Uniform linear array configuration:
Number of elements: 12
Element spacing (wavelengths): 0.75
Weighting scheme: cosine
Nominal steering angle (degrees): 15
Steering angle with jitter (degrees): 14.859
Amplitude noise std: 0.05
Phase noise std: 0.05

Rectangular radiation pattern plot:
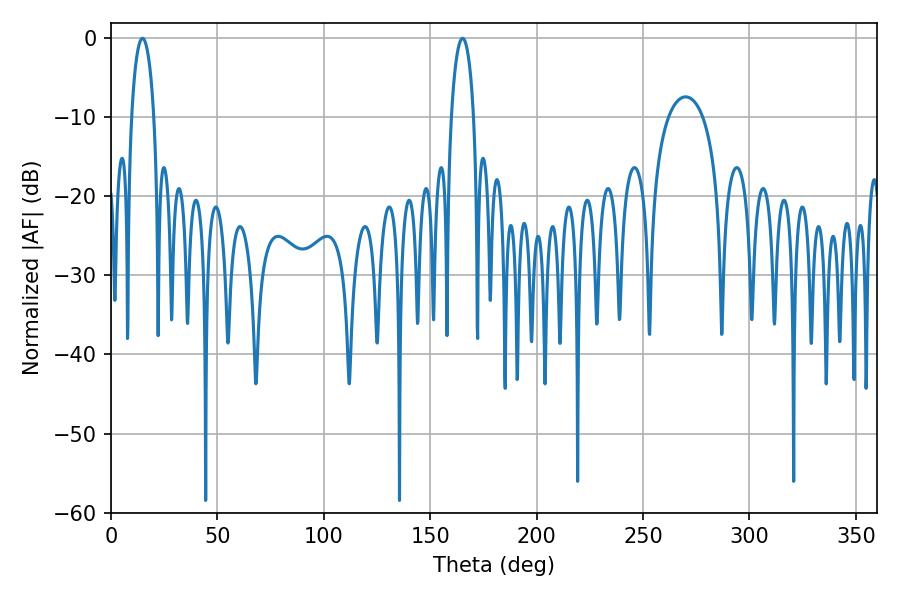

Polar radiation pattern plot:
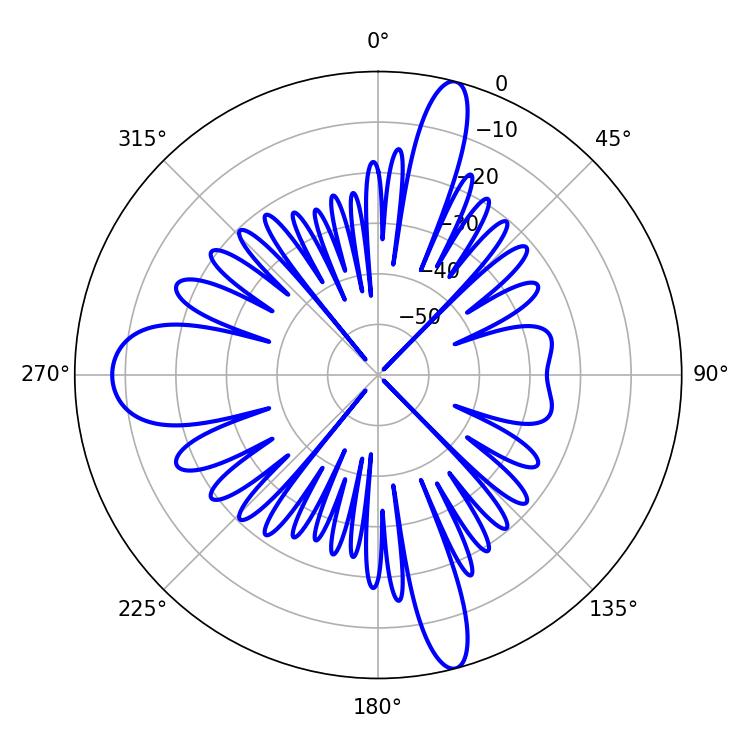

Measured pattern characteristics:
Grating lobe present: TRUE
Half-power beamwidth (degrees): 5.94
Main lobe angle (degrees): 14.76